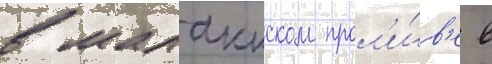
в малаккском прол'и́в'е в